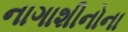
નાગાશીનોના